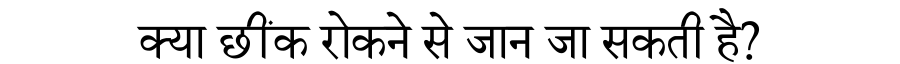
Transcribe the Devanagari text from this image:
क्या छींक रोकने से जान जा सकती है?